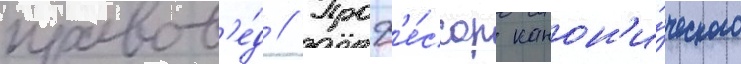
правов'е́д // Проф'е́ссор канон'и́ческого